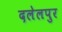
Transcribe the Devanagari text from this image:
दलेलपुर